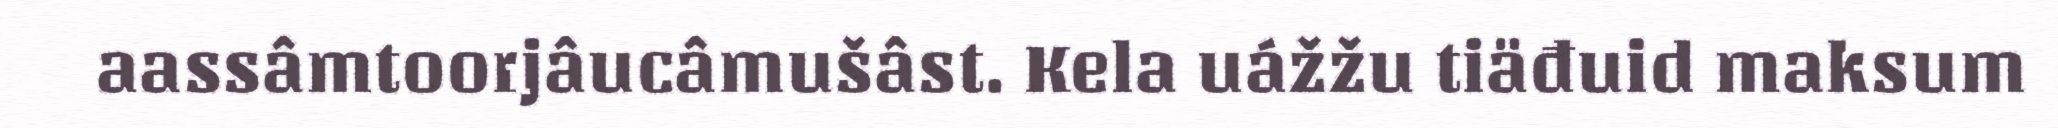
aassâmtoorjâucâmušâst. Kela uážžu tiäđuid maksum